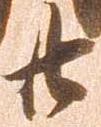
廿